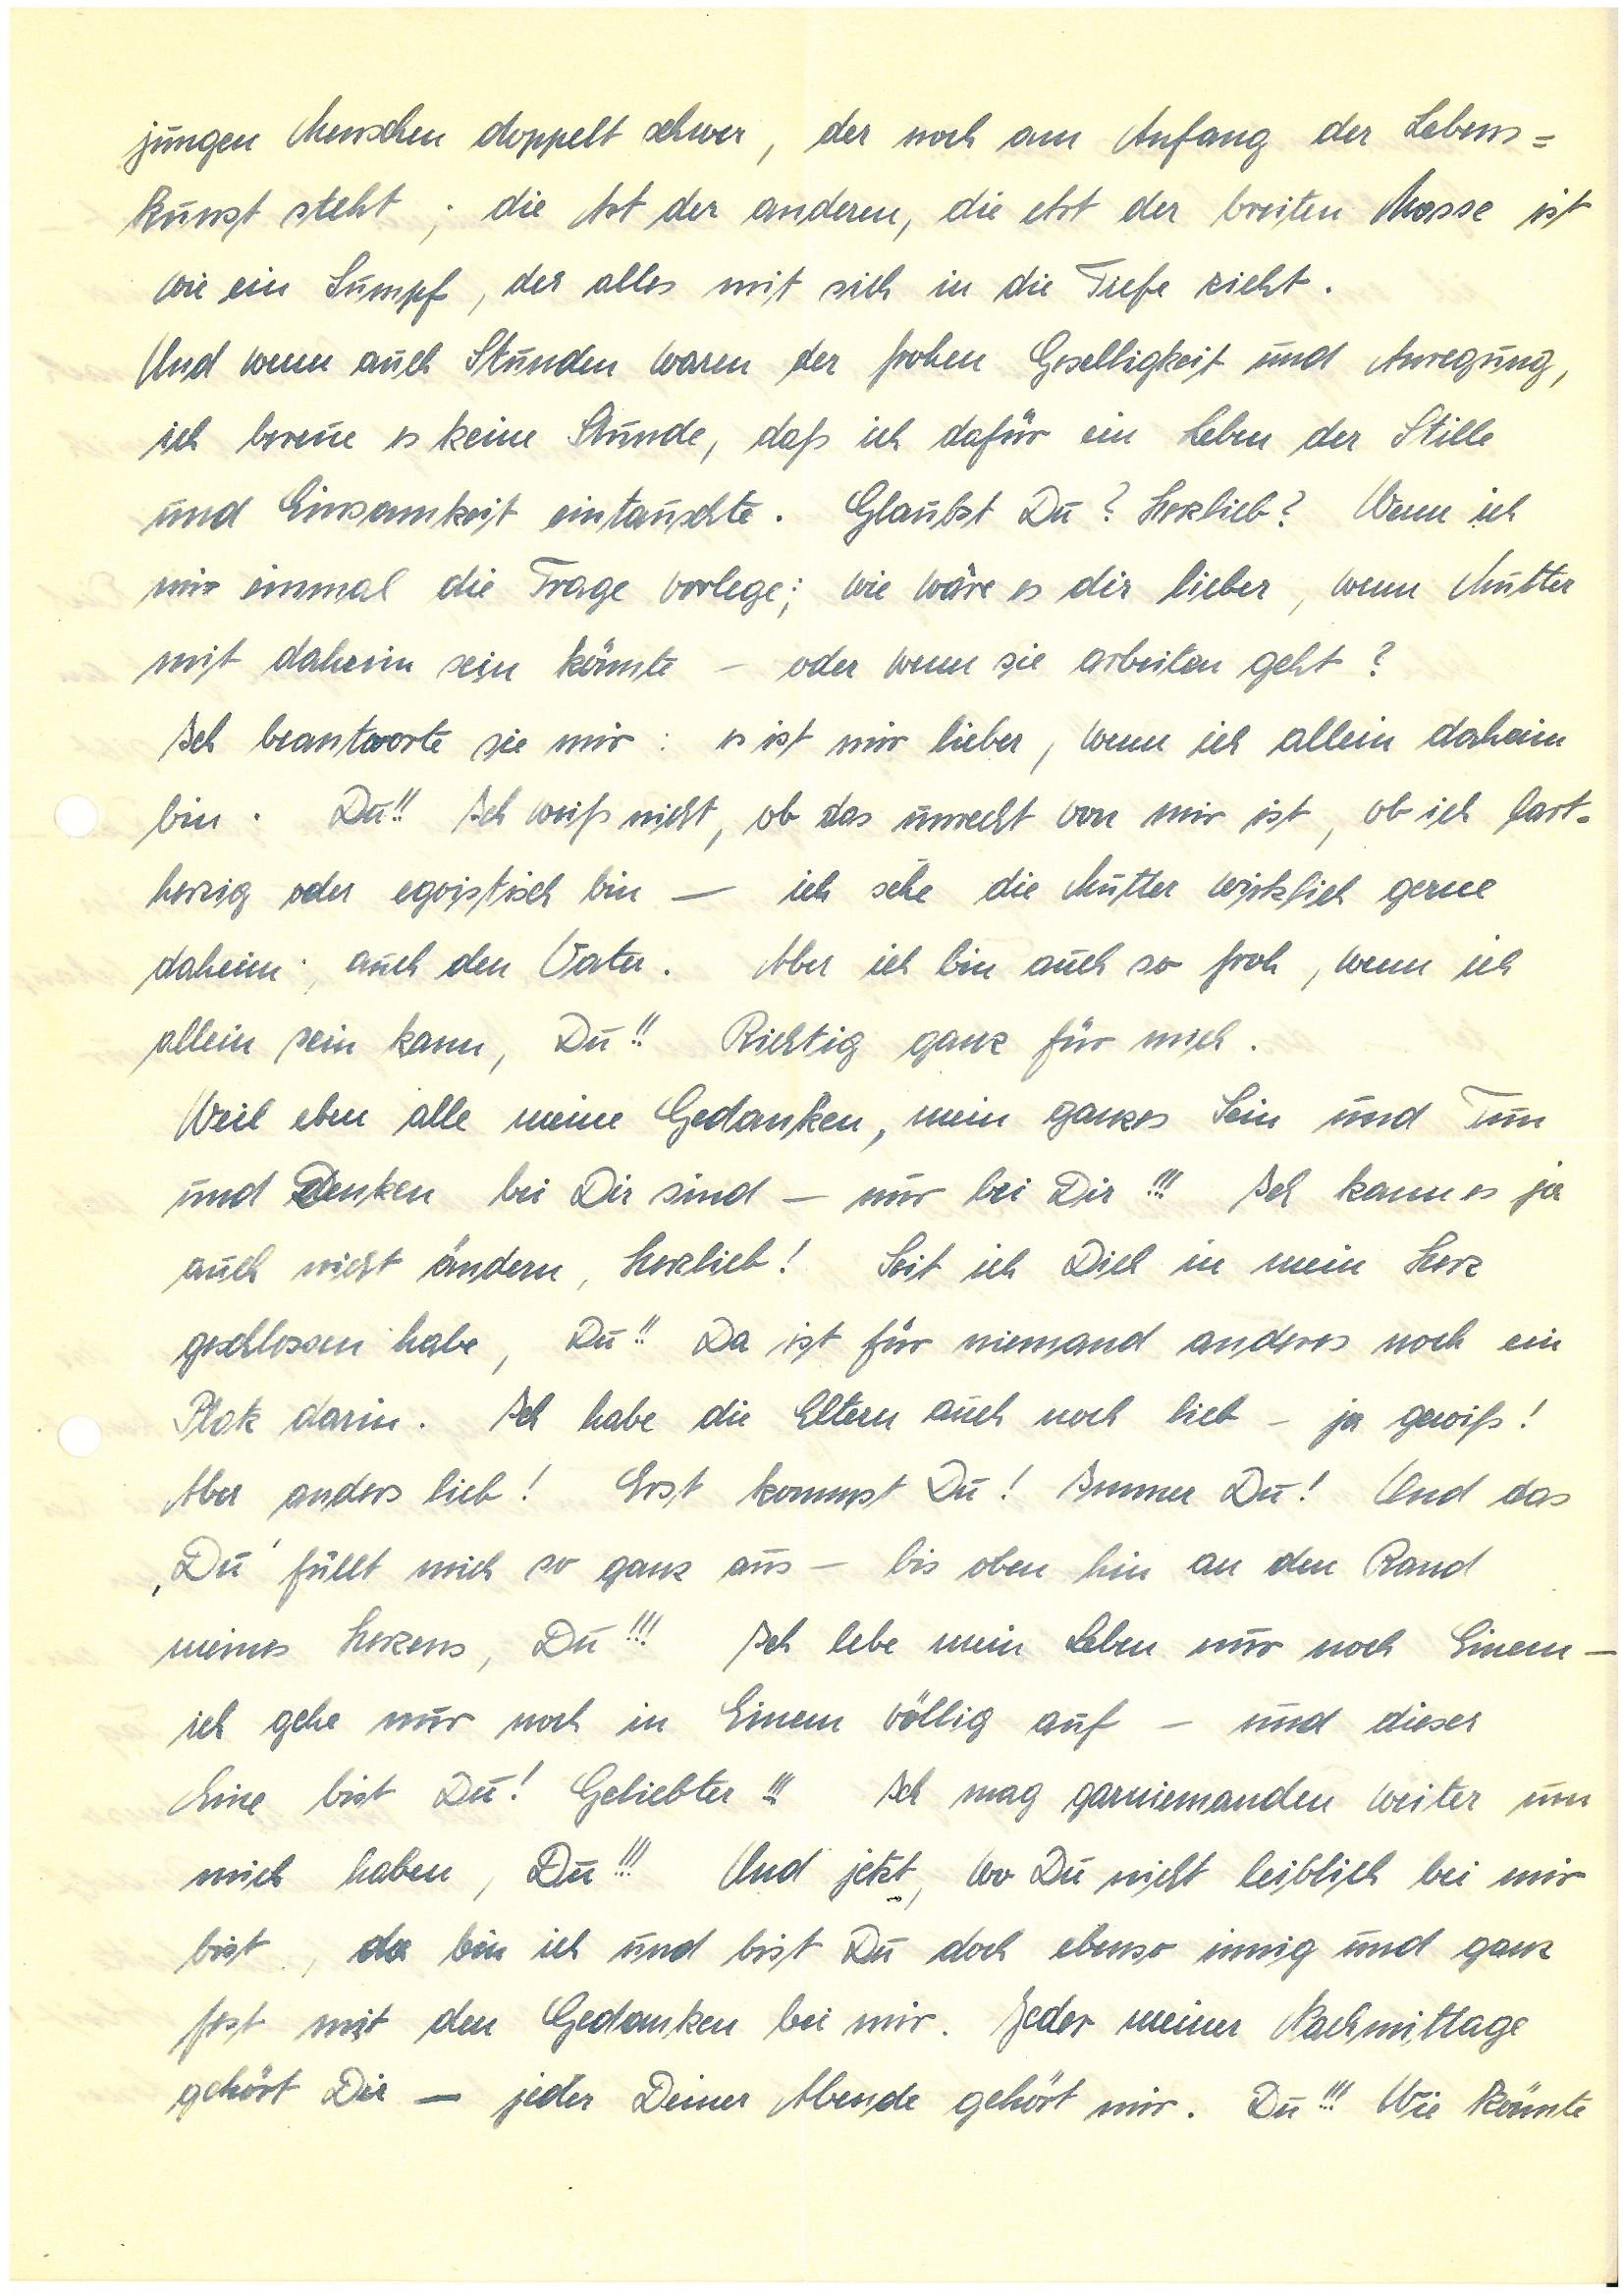
jungen Menschen doppelt schwer, der noch am Anfang der Lebens¬
kunst steht; die Art der anderen, die Art der breiten Masse ist
wie ein Sumpf, der alles mit sich in die Tiefe zieht.
Und wenn auch Stunden waren der frohen Geselligkeit und Anregung,
ich bereue es keine Stunde, daß ich dafür ein Leben der Stille
und Einsamkeit eintauschte. Glaubst Du? Herzlieb? Wenn ich
mir einmal die Frage vorlege; wie wäre es dir lieber, wenn Mutter
mit daheim sein könnte – oder wenn sie arbeiten geht?
Ich beantworte sie mir: es ist mir lieber, wenn ich allein daheim
bin. Du!! Ich weiß nicht, ob das unrecht von mir ist, ob ich hart¬
herzig oder egoistisch bin – ich sehe die Mutter wirklich gerne
daheim, auch den Vater. Aber ich bin auch so froh, wenn ich
allein sein kann, Du!! Richtig ganz für mich.
Weil eben alle meine Gedanken, mein ganzes Sein und Tun
und Denken bei Dir sind – nur bei Dir!!! Ich kann es ja
auch nicht ändern, Herzlieb! Seit ich Dich in mein Herz
geschlossen habe, Du!! Da ist für niemand anderes noch ein
Platz darin. Ich habe die Eltern auch noch lieb – ja gewiß!
Aber anders lieb! Erst kommst Du! Immer Du! Und das
‚Du’ füllt mich so ganz aus – bis oben hin an den Rand
meines Herzens, Du!!! Ich lebe mein Leben nur noch Einem –
ich gehe nur noch in Einem völlig auf und dieser
Eine bist Du, Geliebter!!! Ich mag garniemanden weiter um
mich haben, Du!!! Und jetzt, wo Du nicht leiblich bei mir
bist, da bin ich und bist Du doch ebenso innig und ganz
fest mit den Gedanken bei mir. Jeder meiner Nachmittage
gehört Dir – jeder Deiner Abende gehört mir. Du!!! Wie könnte